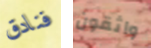
فنادق واثقون